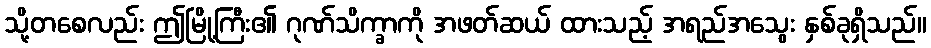
သို့တစေလည်း ဤမြို့ကြီး၏ ဂုဏ်သိက္ခာကို အဖတ်ဆယ် ထားသည့် အရည်အသွေး နှစ်ခုရှိသည်။